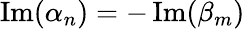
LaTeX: \operatorname{Im}(\alpha_{n})=-\operatorname{Im}(\beta_{m})